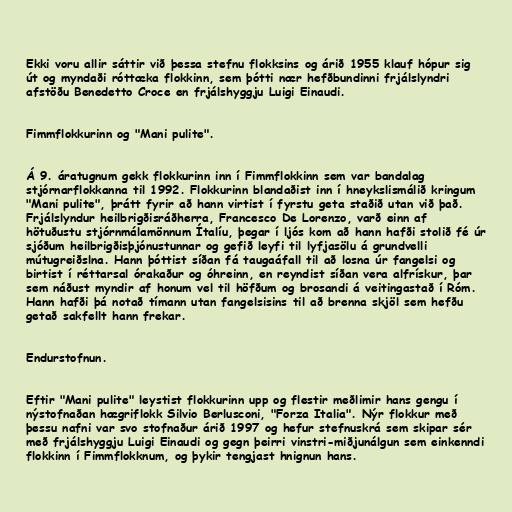
Ekki voru allir sáttir við þessa stefnu flokksins og árið 1955 klauf hópur sig
út og myndaði róttæka flokkinn, sem þótti nær hefðbundinni frjálslyndri
afstöðu Benedetto Croce en frjálshyggju Luigi Einaudi.

Fimmflokkurinn og "Mani pulite".

Á 9. áratugnum gekk flokkurinn inn í Fimmflokkinn sem var bandalag
stjórnarflokkanna til 1992. Flokkurinn blandaðist inn í hneykslismálið kringum
"Mani pulite", þrátt fyrir að hann virtist í fyrstu geta staðið utan við það.
Frjálslyndur heilbrigðisráðherra, Francesco De Lorenzo, varð einn af
hötuðustu stjórnmálamönnum Ítalíu, þegar í ljós kom að hann hafði stolið fé úr
sjóðum heilbrigðisþjónustunnar og gefið leyfi til lyfjasölu á grundvelli
mútugreiðslna. Hann þóttist síðan fá taugaáfall til að losna úr fangelsi og
birtist í réttarsal órakaður og óhreinn, en reyndist síðan vera alfrískur, þar
sem náðust myndir af honum vel til höfðum og brosandi á veitingastað í Róm.
Hann hafði þá notað tímann utan fangelsisins til að brenna skjöl sem hefðu
getað sakfellt hann frekar.

Endurstofnun.

Eftir "Mani pulite" leystist flokkurinn upp og flestir meðlimir hans gengu í
nýstofnaðan hægriflokk Silvio Berlusconi, "Forza Italia". Nýr flokkur með
þessu nafni var svo stofnaður árið 1997 og hefur stefnuskrá sem skipar sér
með frjálshyggju Luigi Einaudi og gegn þeirri vinstri-miðjunálgun sem einkenndi
flokkinn í Fimmflokknum, og þykir tengjast hnignun hans.